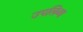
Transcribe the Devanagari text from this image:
उपलिब्ध